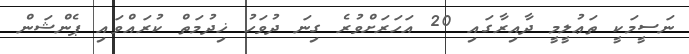
ނަސީމަކީ ތަޢުލީމީ ދާއިރާގައި 20 އަހަރަށްވުރެ ގިނަ ދުވަހު ޚިދުމަތް ކުރައްވައި ޕެންޝަން